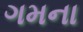
ગમના